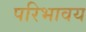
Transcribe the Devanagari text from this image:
परिभावय